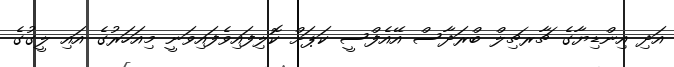
އަދި އިންޑިޔާގެ ޗާރޗިލް ބްރަދާސް އޭއެފްސީ ކަޕަށް ކޮލިފައިވެފައިވަނީ މިއަހަރުގެ އައި ލީގުގެ